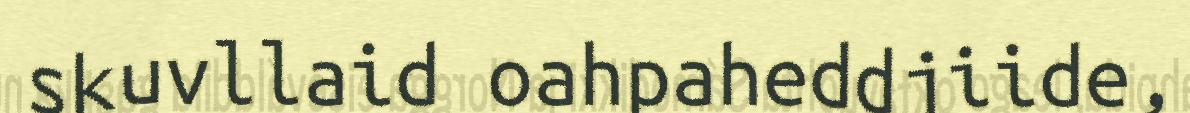
skuvllaid oahpaheddjiide,